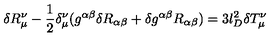
\delta R _ { \mu } ^ { \nu } - \frac { 1 } { 2 } \delta _ { \mu } ^ { \nu } ( g ^ { \alpha \beta } \delta R _ { \alpha \beta } + \delta g ^ { \alpha \beta } R _ { \alpha \beta } ) = 3 l _ { D } ^ { 2 } \delta T _ { \mu } ^ { \nu }